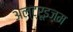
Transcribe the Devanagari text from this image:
अल्ट्रूइज़म